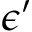
\epsilon ^ { \prime }